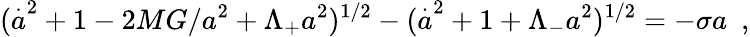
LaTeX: (\stackrel{.}{a}^{2}+1-2MG/a^{2}+\Lambda_{+}a^{2})^{1/2}-(\stackrel{.}{a}^{2}+1+\Lambda_{-}a^{2})^{1/2}=-\sigma a~~,